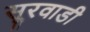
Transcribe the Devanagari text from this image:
सूरवाडी